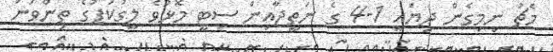
މެޗު ނިމިގެން ދިޔައީ 1-4 ގެ ނަތީޖާއިން ސިޓީ މޮޅުވެ ލީގުކަޕުގެ ތިންވަނަ